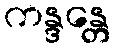
ကန္ဒန္တေ